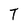
Character: T